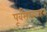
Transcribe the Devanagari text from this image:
पूर्वंसातवाहन